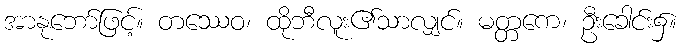
အာနုဘော်ဖြင့်။ တဿေဝ၊ ထိုဘီလူး၏သာလျှင်။ မတ္တကေ၊ ဦးခေါင်း၌။